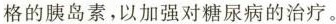
格的胰岛素，以加强对糖尿病的治疗。